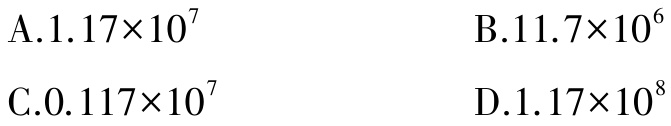
A.$1.17\times10^{7}$

B.$11.7\times10^{6}$

C.$0.117\times10^{7}$

D.$1.17\times10^{8}$